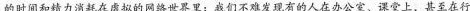
的时间和精力消耗在虚拟的网络世界里；我们不难发现有的人在办公室、课堂上，甚至在行